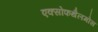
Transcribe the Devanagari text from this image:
एक्सोफथैलमोस